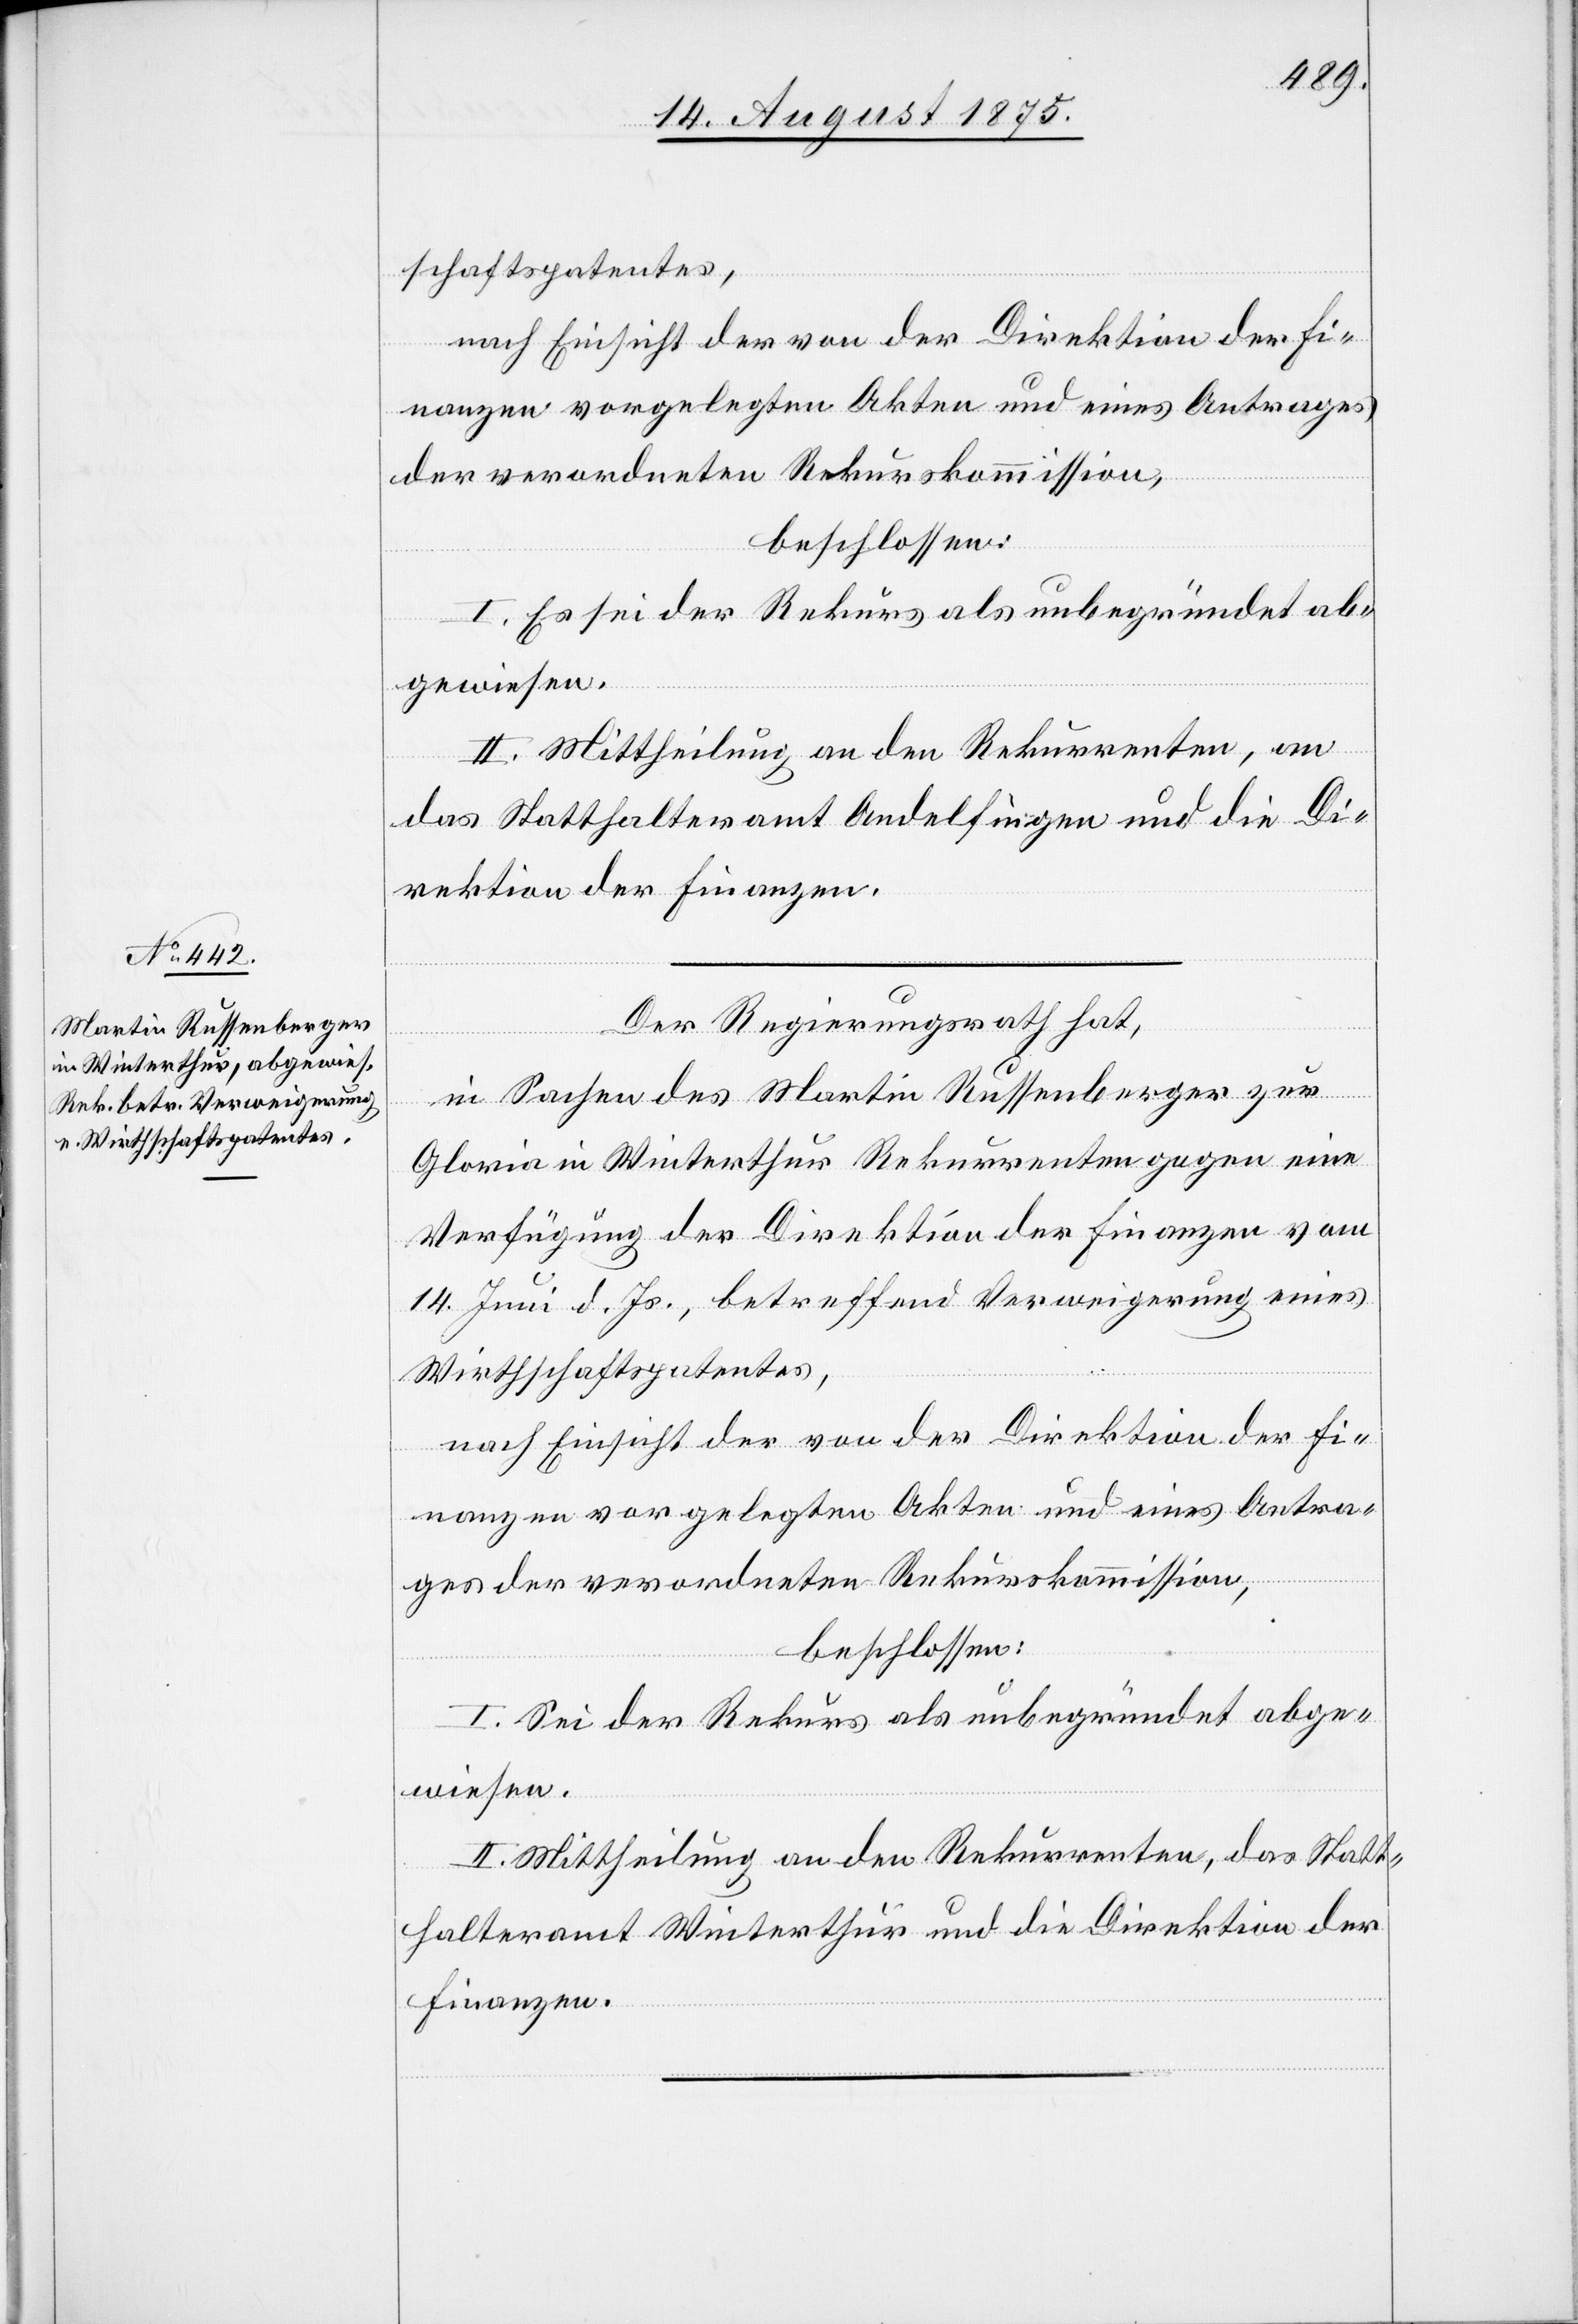
schaftspatentes,
nach Einsicht der von der Direktion der Fi¬
nanzen vorgelegten Akten und eines Antrages
der verordneten Rekurskommission,
beschlossen:
I. Es sei der Rekurs als unbegründet ab¬
gewiesen.
II. Mittheilung an den Rekurrenten, an
das Statthalteramt Andelfingen und die Di¬
rektion der Finanzen.
Der Regierungsrath hat,
in Sachen des Martin Russenberger zur
Gloria in Winterthur[,] Rekurrenten gegen eine
Verfügung der Direktion der Finanzen vom
14. Juni d. Js., betreffend Verweigerung eines
Wirthschaftspatentes,
I. Sei der Rekurs als unbegründet abge¬
wiesen.
II. Mittheilung an den Rekurrenten, das Statt¬
halteramt Winterthur und die Direktion der
Finanzen.